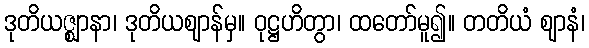
ဒုတိယဇ္ဈာနာ၊ ဒုတိယဈာန်မှ။ ဝုဋ္ဌဟိတွာ၊ ထတော်မူ၍။ တတိယံ ဈာနံ၊